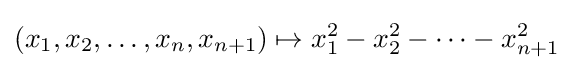
(x_{1},x_{2},\ldots ,x_{n},x_{n+1})\mapsto x_{1}^{2}-x_{2}^{2}-\cdots -x_{n+1}^{2}